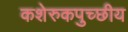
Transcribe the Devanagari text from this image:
कशेरुकपुच्छीय